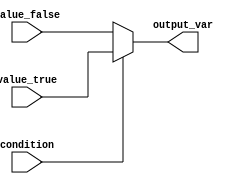
module conditional_operator_assignment (
    input wire condition,       // Boolean condition input
    input wire [7:0] value_true,  // Value assigned if condition is true
    input wire [7:0] value_false, // Value assigned if condition is false
    output reg [7:0] output_var   // Output variable
);

// Always block to evaluate the condition and assign the output variable
always @(*) begin
    output_var = condition ? value_true : value_false; // Conditional operator assignment
end

endmodule